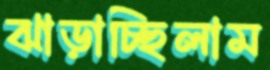
ঝাড়াচ্ছিলাম